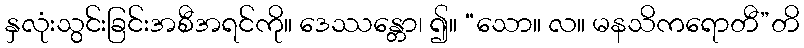
နှလုံးသွင်းခြင်းအစီအရင်ကို။ ဒေဿန္တော၊ ၍။ “သော။ လ။ မနသိကရောတီ”တိ